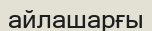
айлашарғы